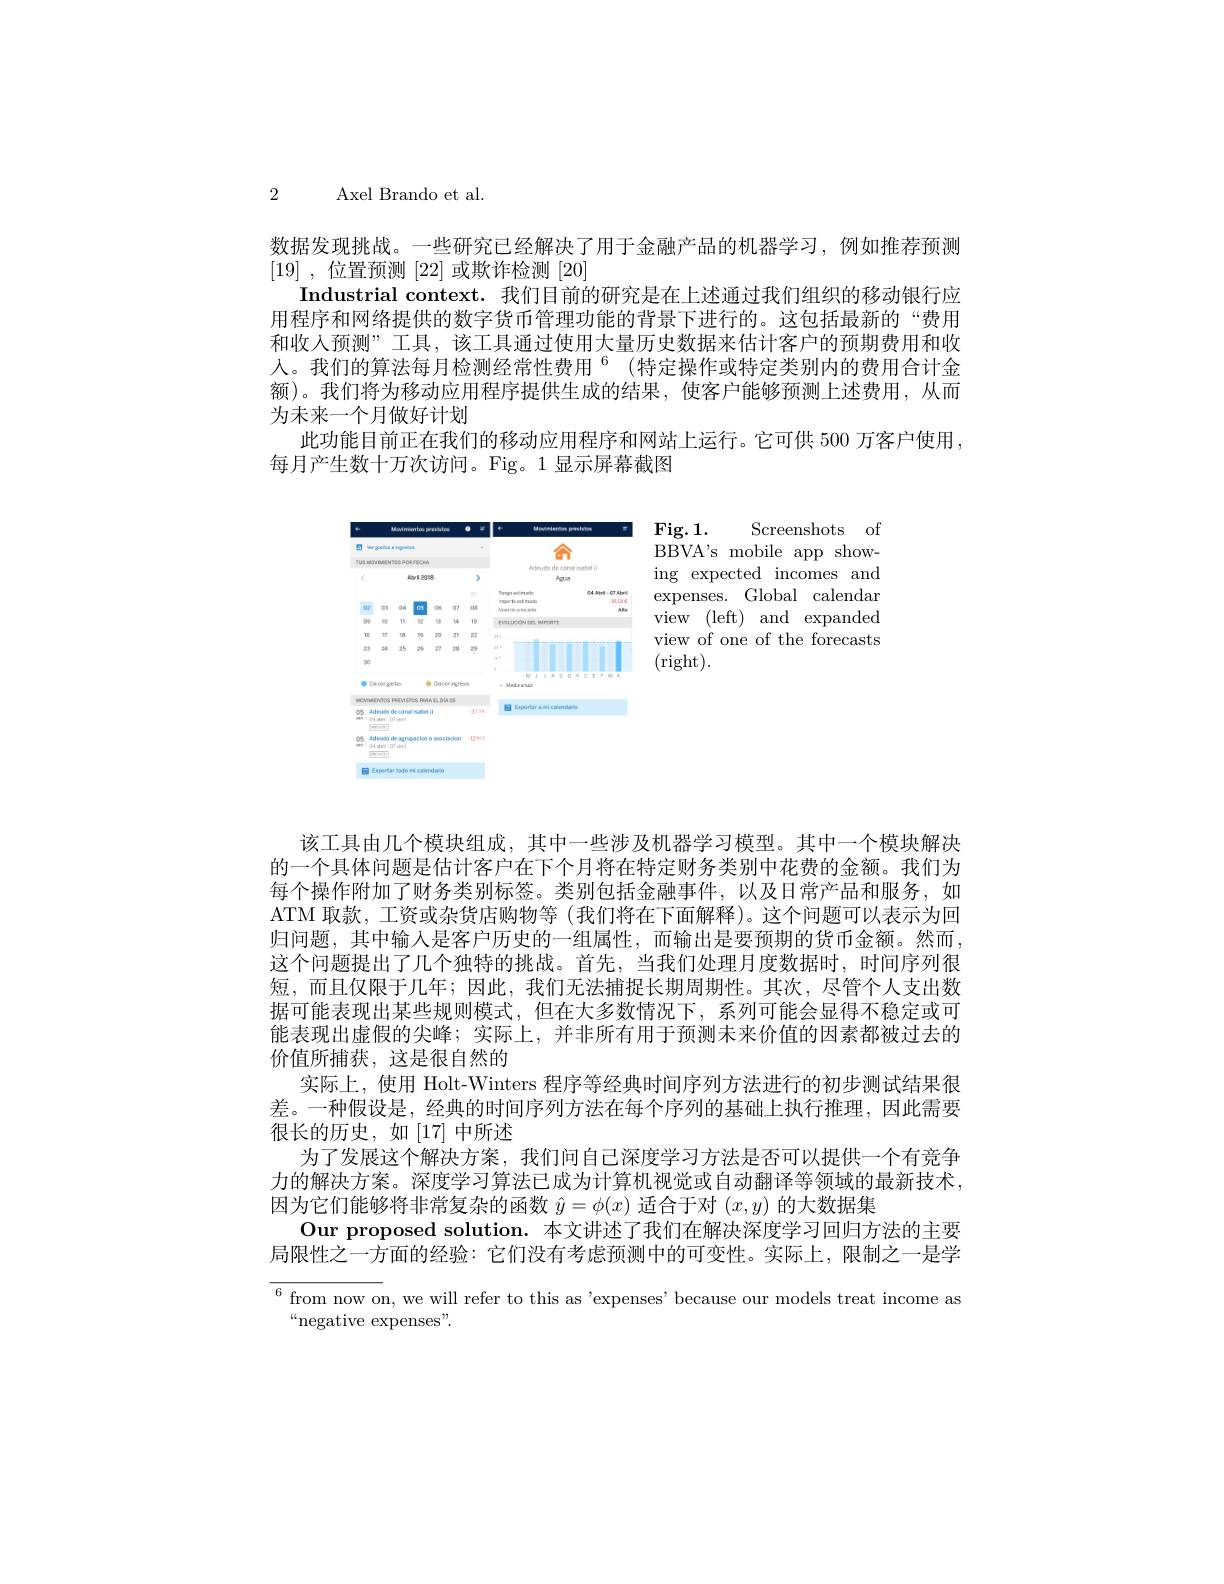
2 Axel Brando et al.

数据发现挑战。一些研究已经解决了用于金融产品的机器学习，例如推荐预测
[19] , 位置预测[22]或欺诈检测[20]
Industrial context. 我们目前的研究是在上述通过我们组织的移动银行应用程序和网络提供的数字货币管理功能的背景下进行的。这包括最新的“费用和收入预测”工具，该工具通过使用大量历史数据来估计客户的预期费用和收人。我们的算法每月检测经常性费用 °(特定操作或特定类别内的费用合计金额)。我们将为移动应用程序提供生成的结果，使客户能够预测上述费用，从而为未来一个月做好计划
此功能目前正在我们的移动应用程序和网站上运行。它可供 500 万客户使用
每月产生数十万次访问。Fig。1显示屏幕截图

$\mathbf{Fig. 1. }$ Screenshots of $\bar{\mathrm{BBVA's~mobile~app~show-}}$ ing expected incomes and
 expenses. Global calendar
view (left) and expanded view of one of the forecasts (right).

<FigureHere>

该工具由几个模块组成，其中一些涉及机器学习模型。其中一个模块解决的一个具体问题是估计客户在下个月将在特定财务类别中花费的金额。我们为每个操作附加了财务类别标签。类别包括金融事件，以及日常产品和服务，如ATM 取款，工资或杂货店购物等 (我们将在下面解释)。这个问题可以表示为回归问题，其中输入是客户历史的一组属性，而输出是要预期的货币金额。然而这个问题提出了几个独特的挑战。首先，当我们处理月度数据时，时间序列很短，而且仅限于几年；因此，我们无法捕捉长期周期性。其次，尽管个人支出数据可能表现出某些规则模式，但在大多数情况下，系列可能会显得不稳定或可能表现出虚假的尖峰；实际上，并非所有用于预测未来价值的因素都被过去的价值所捕获，这是很自然的
实际上，使用 Holt-Winters 程序等经典时间序列方法进行的初步测试结果很差。一种假设是，经典的时间序列方法在每个序列的基础上执行推理，因此需要很长的历史，如[17]中所述
为了发展这个解决方案，我们问自己深度学习方法是否可以提供一个有竞争力的解决方案。深度学习算法已成为计算机视觉或自动翻译等领域的最新技术， 因为它们能够将非常复杂的函数$\hat{y}=\phi(x)$适合于对$(x,y)$的大数据集
Our proposed solution. 本文讲述了我们在解决深度学习回归方法的主要局限性之一方面的经验：它们没有考虑预测中的可变性。实际上，限制之一是学${^6\text{ from now on, we will refer to this as 'expenses' because our models treat income as}}$

$^{“}$negative expenses"